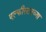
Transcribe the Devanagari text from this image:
एल्फीस्टनच्या